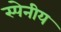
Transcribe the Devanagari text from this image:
स्पेनीय